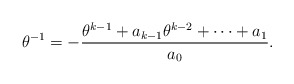
\begin{align*} \theta^{-1}=-\frac{\theta^{k-1}+a_{k-1}\theta^{k-2}+\cdots+a_{1}}{a_{0}}.\end{align*}